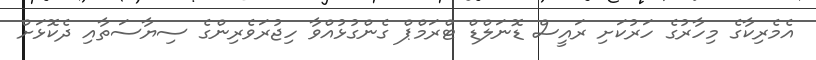
އެެމެރިކާގެ މިހާރުގެ ހަރުކަށި ރައީސް ޑޮނަލްޑް ޓްރަމްޕް ގެންގުޅުއްވާ ހިޖުރަވެރިންގެ ސިޔާސަތާއި ދެކޮޅަށް